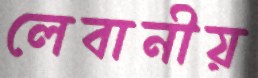
লেবানীয়